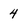
Character: 4